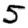
Digit: 5